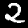
Label: 2